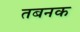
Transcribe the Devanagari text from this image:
तबनक